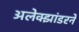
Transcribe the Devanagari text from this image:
अलेक्झांडरने